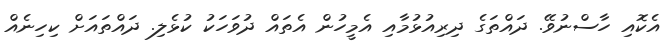
އެކޮއި ހާސްނުވޭ. ދައްތަގެ ދިރިއުޅުމާއި އެމީހުން އެތައް ދުވަހަކު ކުޅެލި. ދައްތައަށް ކިހިނެއް